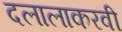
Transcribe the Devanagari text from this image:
दलालाकरवी